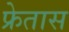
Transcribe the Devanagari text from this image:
फ्रेतास